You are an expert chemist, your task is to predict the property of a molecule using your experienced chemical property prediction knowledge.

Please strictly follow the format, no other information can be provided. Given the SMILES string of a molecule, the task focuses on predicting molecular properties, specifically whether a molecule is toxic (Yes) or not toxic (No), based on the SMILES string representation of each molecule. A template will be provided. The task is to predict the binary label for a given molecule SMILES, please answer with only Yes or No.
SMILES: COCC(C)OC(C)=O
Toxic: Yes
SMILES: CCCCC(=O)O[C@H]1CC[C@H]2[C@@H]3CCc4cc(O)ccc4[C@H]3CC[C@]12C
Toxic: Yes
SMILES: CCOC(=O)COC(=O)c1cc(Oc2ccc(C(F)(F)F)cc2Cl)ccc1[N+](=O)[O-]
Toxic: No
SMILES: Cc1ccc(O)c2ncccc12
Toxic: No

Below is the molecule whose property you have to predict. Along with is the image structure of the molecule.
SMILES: Cc1ccc(-c2ncc(Cl)cc2-c2ccc(S(C)(=O)=O)cc2)cn1
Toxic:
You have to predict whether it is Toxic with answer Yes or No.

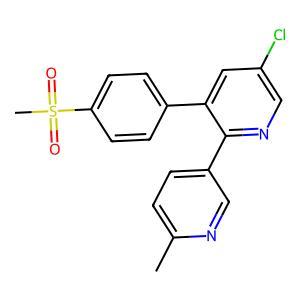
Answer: No